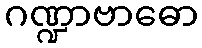
ဂဏ္ဍာဗာဓော